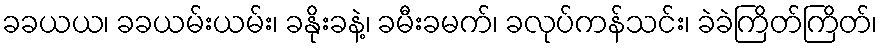
ခခယယ၊ ခခယမ်းယမ်း၊ ခနိုးခနဲ့၊ ခမီးခမက်၊ ခလုပ်ကန်သင်း၊ ခဲခဲကြိတ်ကြိတ်၊